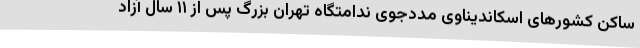
ساکن کشورهای اسکاندیناوی مددجوی ندامتگاه تهران بزرگ پس از ۱۱ سال آزاد